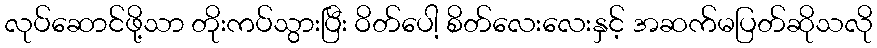
လုပ်ဆောင်ဖို့သာ တိုးကပ်သွားပြီး ဝိတ်ပေါ့ စိတ်လေးလေးနှင့် အဆက်မပြတ်ဆိုသလို